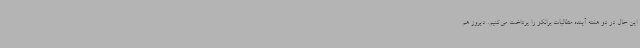
این حال در دو هفته آینده مطالبات برانکو را پرداخت می‌کنیم. دیروز هم